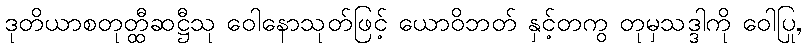
ဒုတိယာစတုတ္ထီဆဋ္ဌီသု ဝေါနောသုတ်ဖြင့် ယောဝိဘတ် နှင့်တကွ တုမှသဒ္ဒါကို ဝေါပြု,